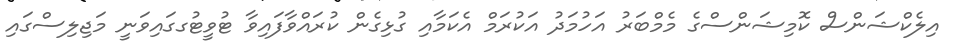
އިލެކްޝަންސް ކޮމިޝަންސްގެ މެމްބަރު އަހުމަދު އަކުރަމް އެކަމާއި ގުޅިގެން ކުރައްވާފައިވާ ޓުވީޓުގގައިވަނީ މަޖިލިސްގައި